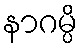
နာဂမ္ပိ